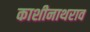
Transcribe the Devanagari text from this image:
काशीनाथराव